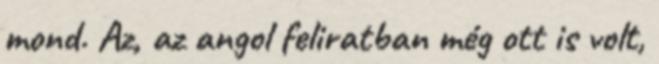
mond. Az, az angol feliratban még ott is volt,